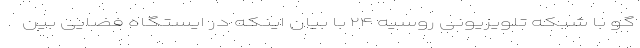
گو با شبکه تلویزیونی روسیه ۲۴ با بیان اینکه در ایستگاه فضایی بین